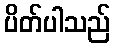
ပိတ်ပါသည်